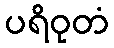
ပရိဝုတံ